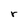
Character: r